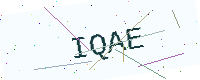
Text: IQAE